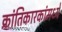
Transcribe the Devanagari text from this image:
क्रांतिकारकांमध्ये